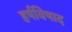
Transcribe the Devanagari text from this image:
हर्षविषाद